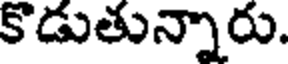
కొడుతున్నారు.